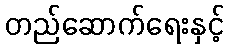
တည်ဆောက်ရေးနှင့်